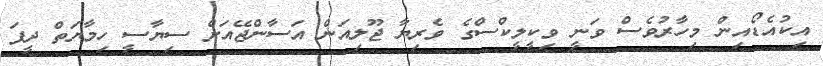
އިކުއެޑޯއިން މިހާރުވެސް ވަނީ ވިކީލީކްސްގެ ވެރިޔާ ޖޫލިއަން އަސާންޖޭއަށް ސިޔާސީ ހިމާޔަތް ދީފަ